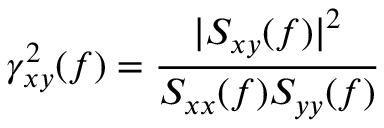
\gamma _ { x y } ^ { 2 } ( f ) = { \frac { | S _ { x y } ( f ) | ^ { 2 } } { S _ { x x } ( f ) S _ { y y } ( f ) } }